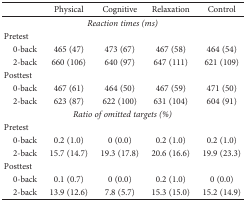
<table><thead><tr><td></td><td><b>Physical</b></td><td><b>Cognitive</b></td><td><b>Relaxation</b></td><td><b>Control</b></td></tr></thead><tbody><tr><td colspan="5"><i>Reaction times (ms)</i></td></tr><tr><td>Pretest</td><td></td><td></td><td></td><td></td></tr><tr><td> 0-back</td><td>465 (47)</td><td>473 (67)</td><td>467 (58)</td><td>464 (54)</td></tr><tr><td> 2-back</td><td>660 (106)</td><td>640 (97)</td><td>647 (111)</td><td>621 (109)</td></tr><tr><td>Posttest</td><td></td><td></td><td></td><td></td></tr><tr><td> 0-back</td><td>467 (61)</td><td>464 (50)</td><td>467 (59)</td><td>471 (50)</td></tr><tr><td> 2-back</td><td>623 (87)</td><td>622 (100)</td><td>631 (104)</td><td>604 (91)</td></tr><tr><td colspan="5"><i>Ratio of omitted targets (%)</i></td></tr><tr><td>Pretest</td><td></td><td></td><td></td><td></td></tr><tr><td> 0-back</td><td>0.2 (1.0)</td><td>0 (0.0)</td><td>0.2 (1.0)</td><td>0.2 (1.0)</td></tr><tr><td> 2-back</td><td>15.7 (14.7)</td><td>19.3 (17.8)</td><td>20.6 (16.6)</td><td>19.9 (23.3)</td></tr><tr><td>Posttest</td><td></td><td></td><td></td><td></td></tr><tr><td> 0-back</td><td>0.1 (0.7)</td><td>0 (0.0)</td><td>0.2 (1.0)</td><td>0 (0.0)</td></tr><tr><td> 2-back</td><td>13.9 (12.6)</td><td>7.8 (5.7)</td><td>15.3 (15.0)</td><td>15.2 (14.9)</td></tr></tbody></table>